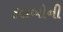
કલબોની